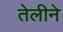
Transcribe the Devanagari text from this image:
तेलीने